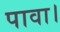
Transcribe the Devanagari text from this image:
पावा।